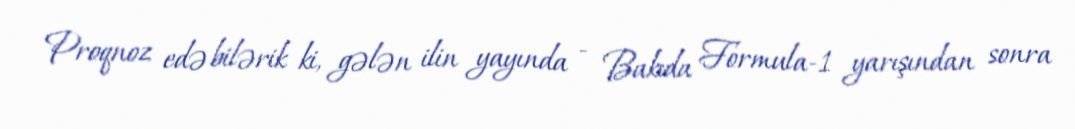
Proqnoz edə bilərik ki, gələn ilin yayında - Bakıda Formula-1 yarışından sonra